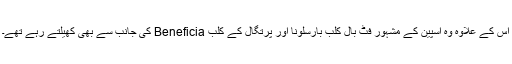
اس کے علاوہ وہ اسپین کے مشہور فٹ بال کلب بارسلونا اور پرتگال کے کلب Beneficia کی جانب سے بھی کھیلتے رہے تھے۔